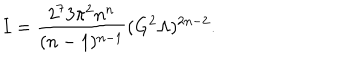
I = \frac { 2 ^ { 7 } 3 \pi ^ { 2 } n ^ { n } } { ( n - 1 ) ^ { n - 1 } } ( G ^ { 2 } \Lambda ) ^ { 2 n - 2 } .